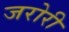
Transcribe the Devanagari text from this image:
जरोरी